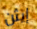
إيثن